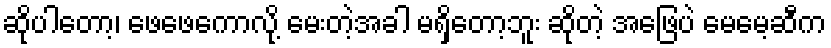
ဆိုပါတော့၊ ဖေဖေကောလို့ မေးတဲ့အခါ မရှိတော့ဘူး ဆိုတဲ့ အဖြေပဲ မေမေ့ဆီက